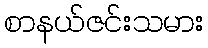
စာနယ်ဇင်းသမား